Indian journal of veterinary science and animal husbandry - Volume 8,
Year: 1938
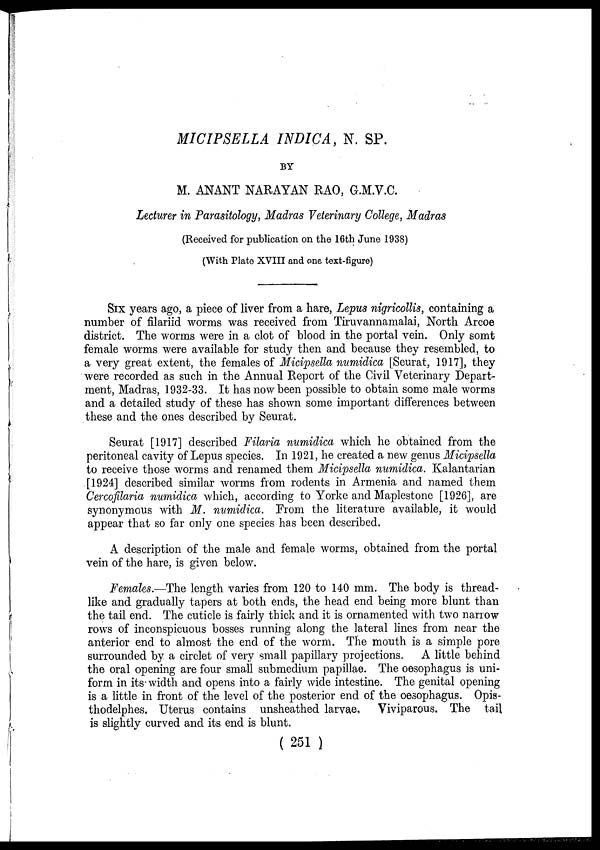
MICIPSELLA INDICA, N. SP.
BY
M. ANANT NARAYAN RAO, G.M.V.C.
Lecturer in Parasitology, Madras Veterinary College, Madras
(Received for publication on the 16th June 1938)
(With Plate XVIII and one text-figure)
SIX years ago, a piece of liver from a hare, Lepus nigricollis, containing a
number of filariid worms was received from Tiruvannamalai, North Arcoe
district. The worms were in a clot of blood in the portal vein. Only somt
female worms were available for study then and because they resembled, to
a very great extent, the females of Micipsella numidica [Seurat, 1917], they
were recorded as such in the Annual Report of the Civil Veterinary Depart-
ment, Madras, 1932-33. It has now been possible to obtain some male worms
and a detailed study of these has shown some important differences between
these and the ones described by Seurat.
Seurat [1917] described Filaria numidica which he obtained from the
peritoneal cavity of Lepus species. In 1921, he created a new genus Micipsella
to receive those worms and renamed them Micipsella numidica. Kalantarian
[1924] described similar worms from rodents in Armenia and named them
Cercofilaria numidica which, according to Yorke and Maplestone [1926], are
synonymous with M. numidica. From the literature available, it would
appear that so far only one species has been described.
A description of the male and female worms, obtained from the portal
vein of the hare, is given below.
Females.—The length varies from 120 to 140 mm. The body is thread-
like and gradually tapers at both ends, the head end being more blunt than
the tail end. The cuticle is fairly thick and it is ornamented with two narrow
rows of inconspicuous bosses running along the lateral lines from near the
anterior end to almost the end of the worm. The mouth is a simple pore
surrounded by a circlet of very small papillary projections. A little behind
the oral opening are four small submedium papillae. The oesophagus is uni-
form in its width and opens into a fairly wide intestine. The genital opening
is a little in front of the level of the posterior end of the oesophagus. Opis-
thodelphes. Uterus contains unsheathed larvae. Viviparous. The tail
is slightly curved and its end is blunt.
( 251 )